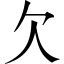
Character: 欠